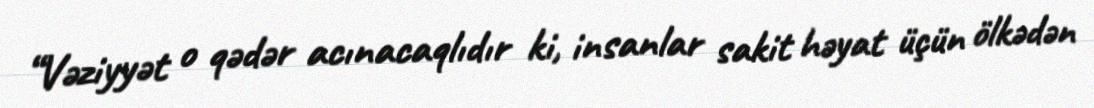
“Vəziyyət o qədər acınacaqlıdır ki, insanlar sakit həyat üçün ölkədən